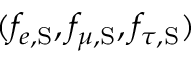
( f _ { e , \mathrm { S } } , f _ { \mu , \mathrm { S } } , f _ { \tau , \mathrm { S } } )